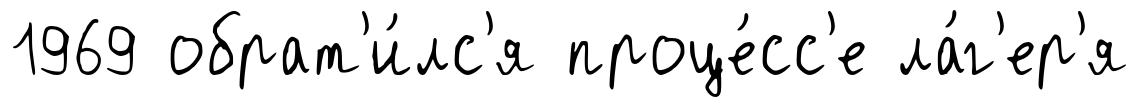
1969 обрат'и́лс'я проце́сс'е ла́г'ер'я